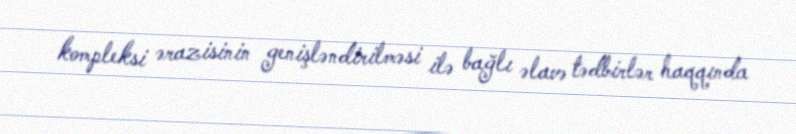
kompleksi ərazisinin genişləndirilməsi ilə bağlı əlavə tədbirlər haqqında